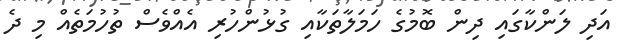
އަދި ލަންކާގައި ދިން ބޮމުގެ ހަމަލާތަކާއި ގުޅުންހުރި އެއްވެސް ތުހުމަތެއް މި ދެ